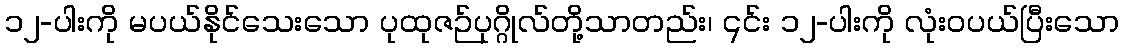
၁၂-ပါးကို မပယ်နိုင်သေးသော ပုထုဇဉ်ပုဂ္ဂိုလ်တို့သာတည်း၊ ၎င်း ၁၂-ပါးကို လုံးဝပယ်ပြီးသော